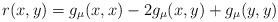
LaTeX: \begin{align*} r(x,y) = g_\mu(x,x)-2g_\mu(x,y) + g_\mu(y,y) \end{align*}